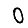
Digit: 0